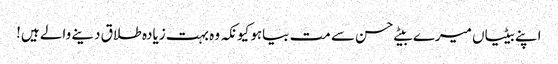
اپنے بیٹیاں میرے بیٹے حسن سے مت بیاہو کیونکہ وہ بہت زیادہ طلاق دینے والے ہیں!